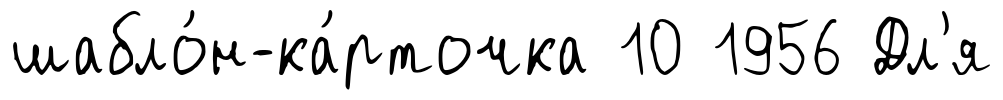
шабло́н-ка́рточка 10 1956 Дл'я